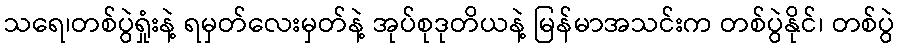
သရေ၊တစ်ပွဲရှုံးနဲ့ ရမှတ်လေးမှတ်နဲ့ အုပ်စုဒုတိယနဲ့ မြန်မာအသင်းက တစ်ပွဲနိုင်၊ တစ်ပွဲ